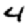
Digit: 4